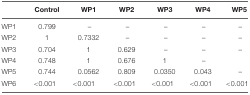
|  | Control | WP1 | WP2 | WP3 | WP4 | WP5 |
 | --- | --- | --- | --- | --- | --- | --- |
 | WP1 | 0.799 | – | – | – | – | – |
 | WP2 | 1 | 0.7332 | – | – | – | – |
 | WP3 | 0.704 | 1 | 0.629 | – | – | – |
 | WP4 | 0.748 | 1 | 0.676 | 1 | – |  |
 | WP5 | 0.744 | 0.0562 | 0.809 | 0.0350 | 0.043 | – |
 | WP6 | <0.001 | <0.001 | <0.001 | <0.001 | <0.001 | <0.001 |